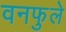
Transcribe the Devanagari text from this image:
वनफुले